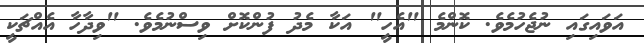
އަވައިގައި ނުޖެހުމެވެ. ކޮންމެ "އެހީ" އަކާ މެދު ފުންކޮށް ވިސްނުމެވެ. "ވިދާހާ އެއްޗަކީ